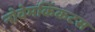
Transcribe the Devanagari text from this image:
नोवेमकिंकटस